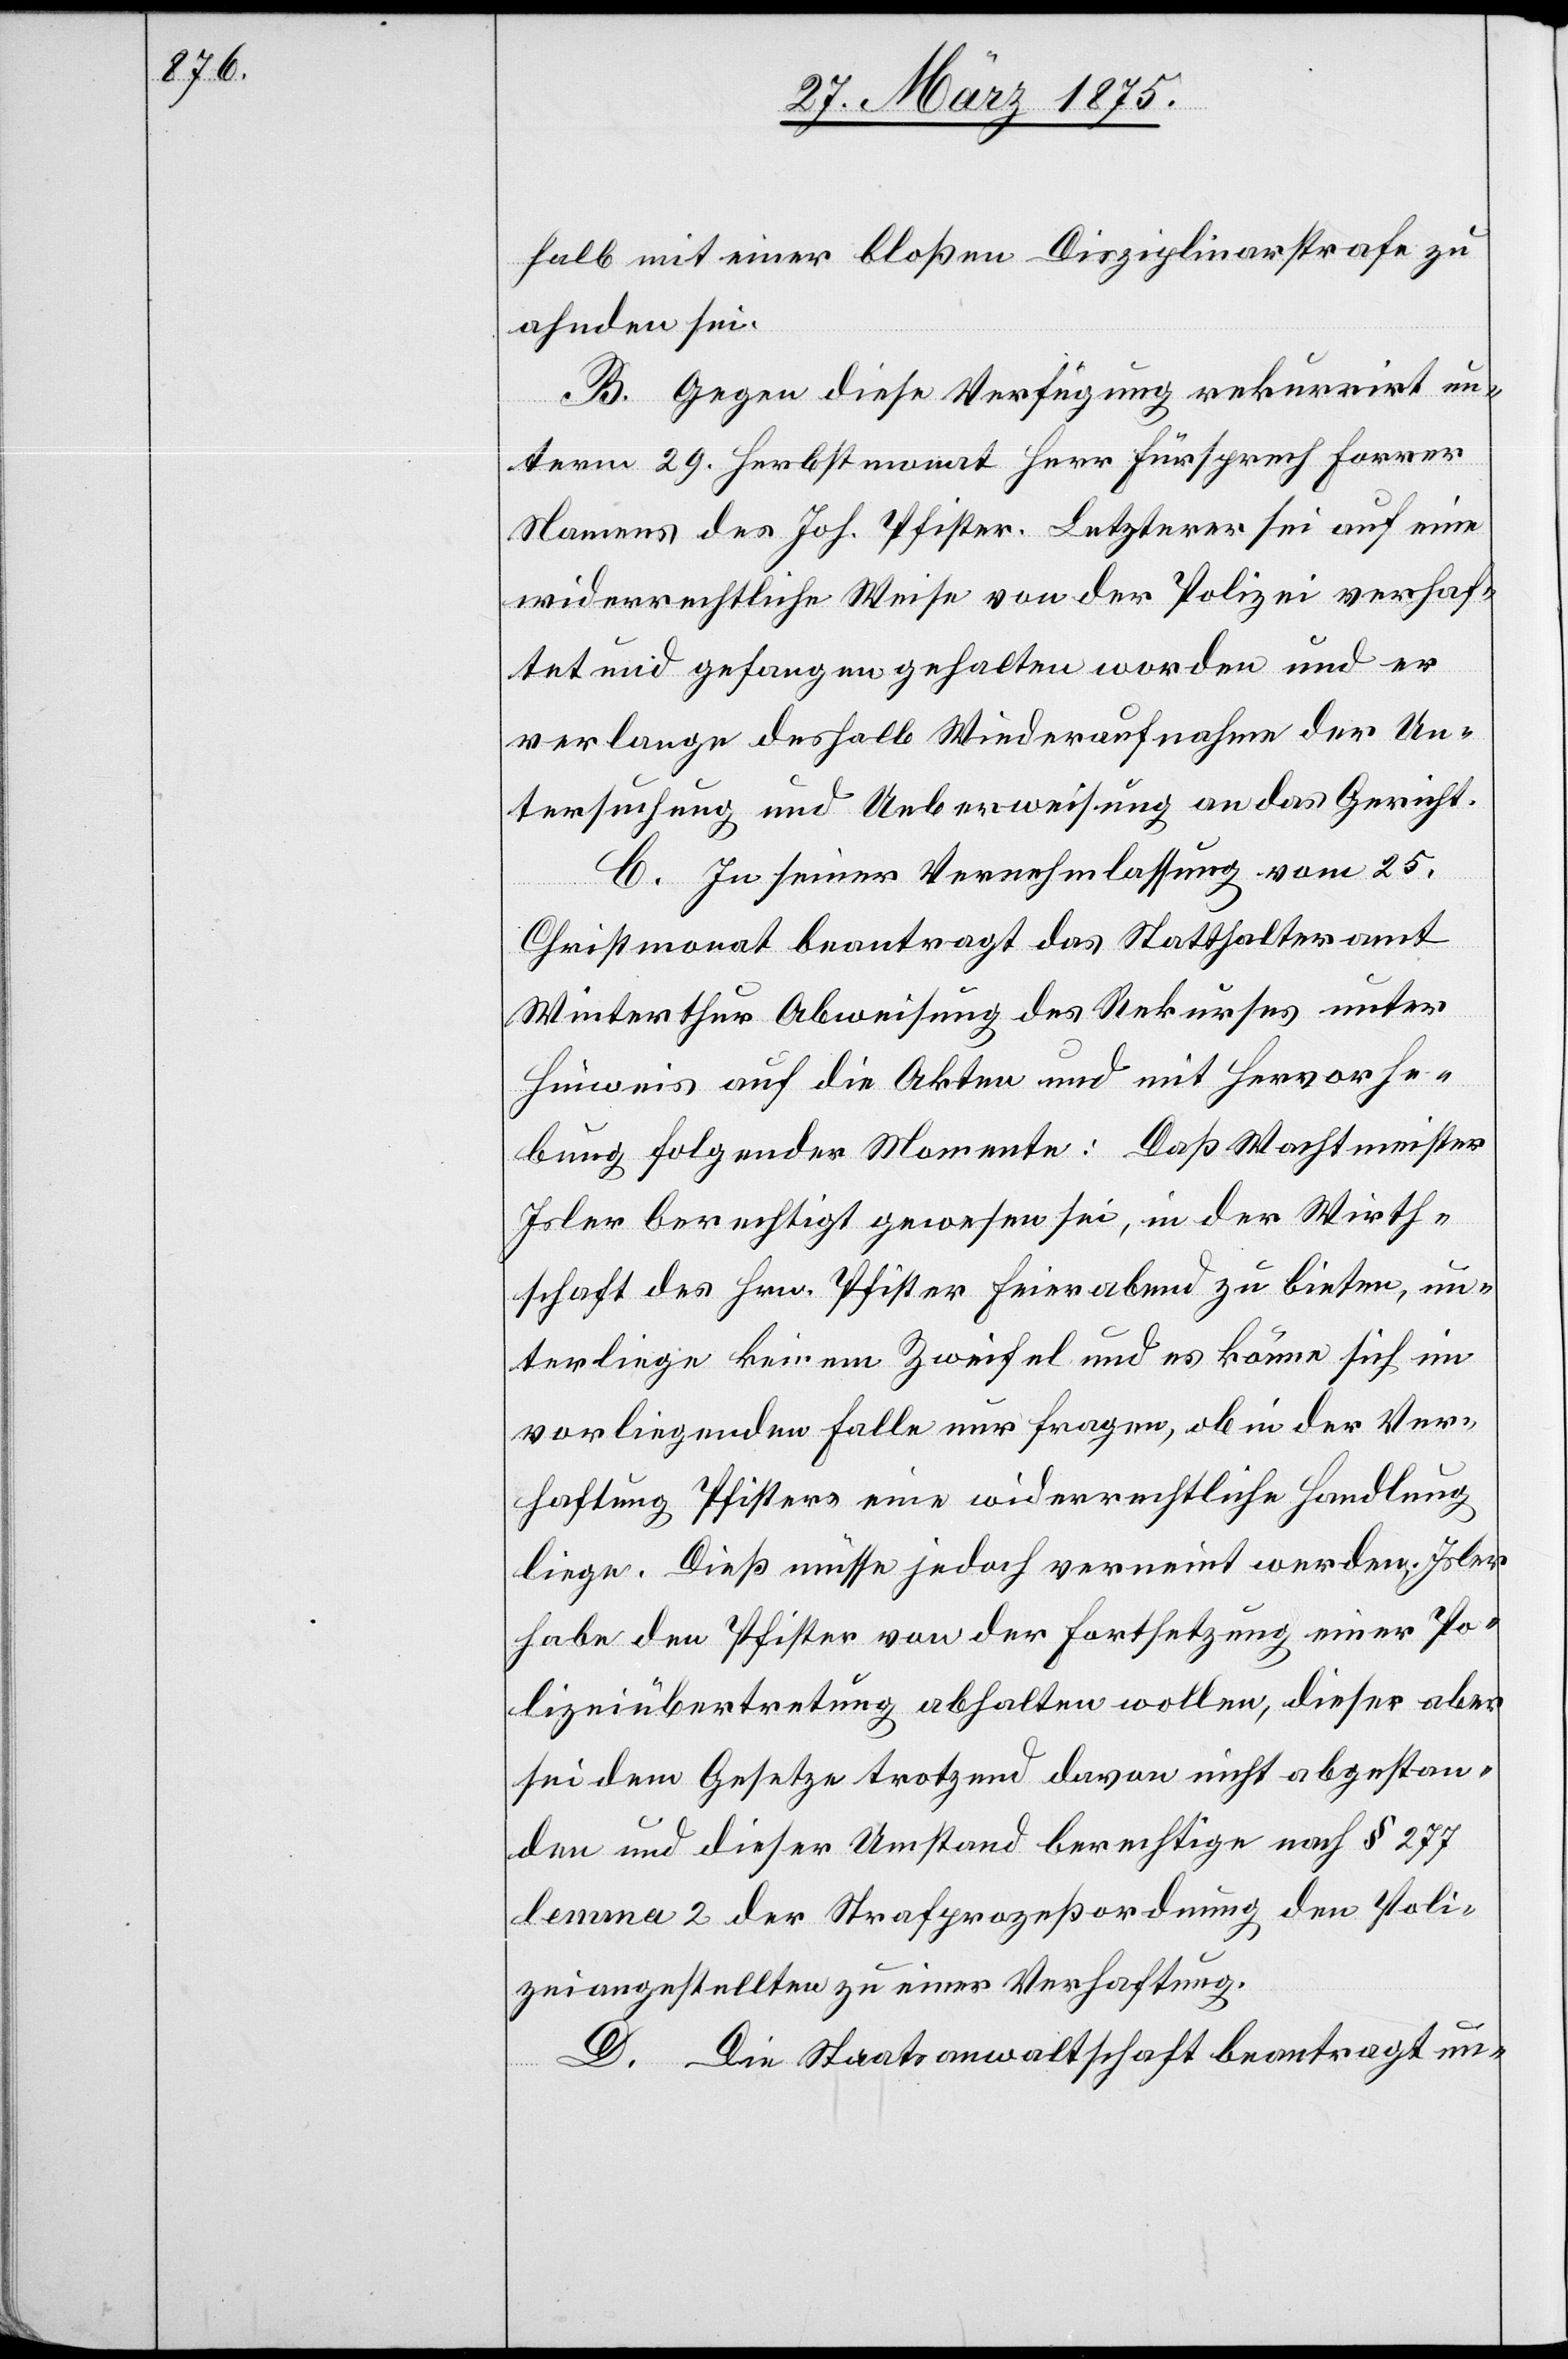
halb mit einer bloßen Disziplinarstrafe zu
ahnden sei.
B. Gegen diese Verfügung rekurrirt un¬
term 29. Herbstmonat Herr Fürsprech Forrer
Namens des Joh. Pfister. Letzterer sei auf eine
widerrechtliche Weise von der Polizei verhaf¬
tet und gefangen gehalten worden und er
verlange deshalb Wiederaufnahme der Un¬
tersuchung und Ueberweisung an das Gericht.
C. In seiner Vernehmlassung vom 25.
Christmonat beantragt das Statthalteramt
Winterthur Abweisung des Rekurses unter
Hinweis auf die Akten und mit Hervorhe¬
bung folgender Momente: Daß Wachtmeister
Joler berechtigt gewesen sei, in der Wirth¬
schaft des Hrn. Pfister Feierabend zu bieten, un¬
terliege keinem Zweifel und es könne sich im
vorliegenden Falle nur fragen, ob in der Ver¬
haftung Pfisters eine widerrechtliche Handlung
liege. Dieß müsse jedoch verneint werden. Joler
habe den Pfister von der Fortsetzung einer Po¬
lizeiübertretung abhalten wollen, dieser aber
sei dem Gesetze trotzend davon nicht abgestan¬
den und dieser Umstand berechtige nach § 277
lemma 2 der Strafprozeßordnung den Poli¬
zeiangestellten zu einer Verhaftung.
D. Die Staatsanwaltschaft beantragt un-